Indian Medical Review
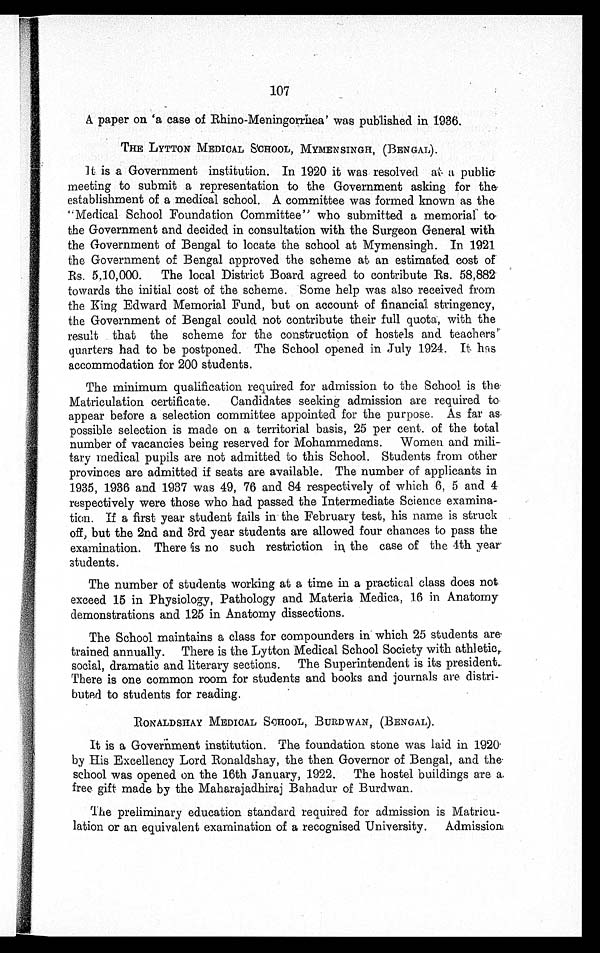
107
A paper on 'a case of Rhino-Meningorrhea' was published in 1936.
THE LYTTON MEDICAL SCHOOL, MYMENSINGH, (BENGAL).
It is a Government institution. In 1920 it was resolved at a public
meeting to submit a representation to the Government asking for the
establishment of a medical school. A committee was formed known as the
"Medical School Foundation Committee" who submitted a memorial to
the Government and decided in consultation with the Surgeon General with
the Government of Bengal to locate the school at Mymensingh. In 1921
the Government of Bengal approved the scheme at an estimated cost of.
Rs. 5,10,000. The local District Board agreed to contribute Rs. 58,882.
towards the initial cost of the scheme. Some help was also received from
the King Edward Memorial Fund, but on account of financial stringency,
the Government of Bengal could not contribute their full quota, with the
result that the scheme for the construction of hostels and teachers'.
quarters had to be postponed. The School opened in July 1924. It. has
accommodation for 200 students.
The minimum qualification required for admission to the School is the
Matriculation certificate. Candidates seeking admission are required to
appear before a selection committee appointed for the purpose. As far as
possible selection is made on a territorial basis, 25 per cent. of the total
number of vacancies being reserved for Mohammedans. Women and mili-
tary medical pupils are not admitted to this School. Students from other
provinces are admitted if seats are available. The number of applicants in
1935, 1936 and 1937 was 49, 76 and 84 respectively of which 6, 5 and 4
respectively were those who had passed the Intermediate Science examina-
tion.. If a first year student fails in the February test, his name is struck
off, but the 2nd and 3rd year students are allowed four chances to pass the
examination. There is no such restriction in the case of the 4th year
students.
The number of students working at a time in a practical class does not.
exceed 15 in Physiology, Pathology and Materia Medica, 16 in Anatomy
demonstrations and 125 in Anatomy dissections.
The School maintains a class for compounders in which 25 students are
trained annually. There is the Lytton Medical School Society with athletic,
social, dramatic and literary sections. The Superintendent is its president.
There is one common room for students and books and journals are distri-
buted to students for reading.
RONALDSHAY MEDICAL SCHOOL, BURDWAN, (BENGAL).
It is a Government institution. The foundation stone was laid in 1920
by His Excellency Lord Ronaldshay, the then Governor of Bengal, and the
school was opened on the 16th January, 1922. The hostel buildings are a
free gift made by the Maharajadhiraj Bahadur of Burdwan.
The preliminary education standard required for admission is Matricu-
lation or an equivalent examination of a recognised University. Admission